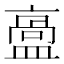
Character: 𥂡